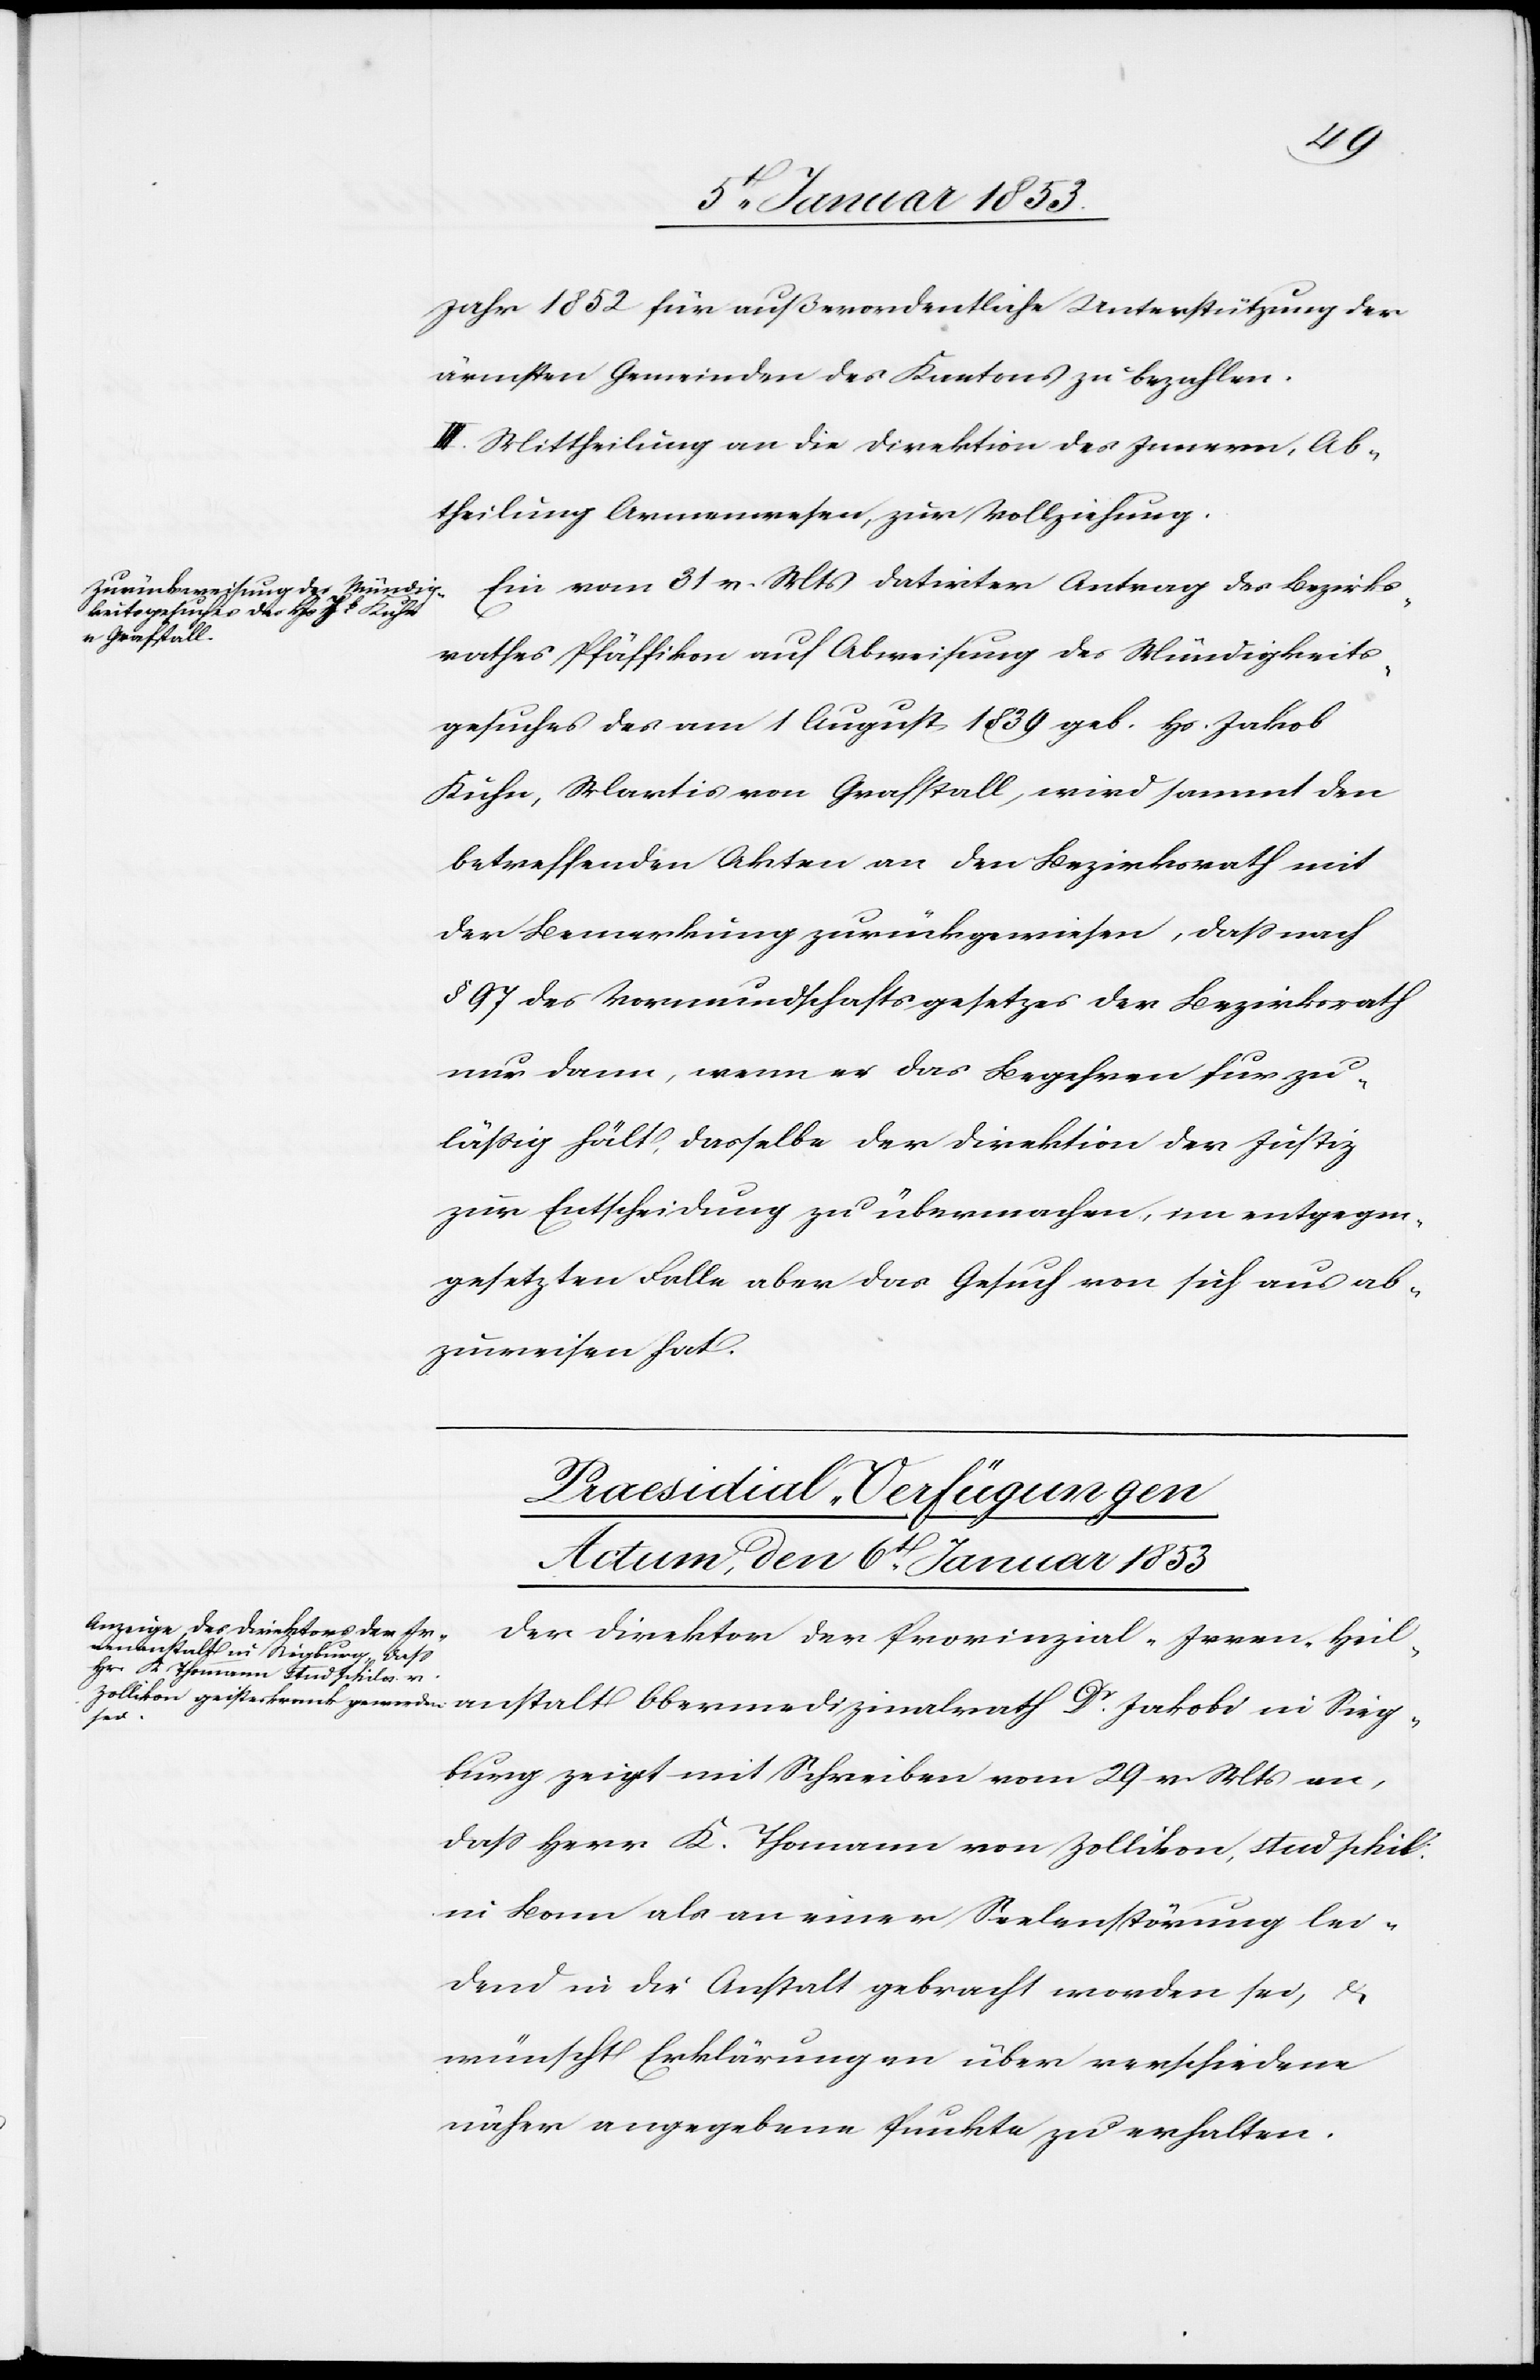
Jahr 1852. für außerordentliche Unterstützung der
ärmsten Gemeinden des Kantons zu bezahlen.
III. Mittheilung an die Direktion des Innern, Ab¬
theilung Armenwesen zur Vollziehung.
Ein vom 31v. Mts. datirter Antrag des Bezirks¬
rathes Pfäffikon auf Abweisung des Mündigkeits¬
gesuches des am 1 August 1839 geb. Hs. Jakob
Kuhn, Martis? von Grafstall, wird sammt den
betreffenden Akten an den Bezirksrath mit
der Bemerkung zurückgewiesen, daß nach
§ 97 des Vormundsschaftsgesetzes der Bezirksrath
nur dann, wen er das Begehren für zu¬
lässig hält, dasselbe der Direktion der Justiz
zur Entscheidung zu übermachen, im entgegen¬
gesetzten Falle aber das Gesuch von sich aus ab¬
zuweisen hat.
Praesidial-Verfügungen
Actum, den 6t. Januar 1853
Der Direktor der Provinzial-Irrenheil¬
Sig¬
burg zeigt mit Schreiben vom 29 v. Mts. an,
daß Herr K. Thomann von Zollikon, stud phil
in Bonn als an einer Seelenstörung lei¬
dend in die Anstalt gebracht worden sei, u.
wünscht Erklärungen über verschiedene
näher angegebene Punkte zu erhalten.